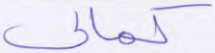
كمالي